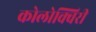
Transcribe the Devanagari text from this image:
कोलोक्विरी